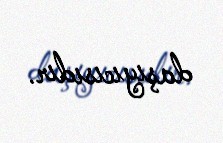
daşıyıcısıdır.